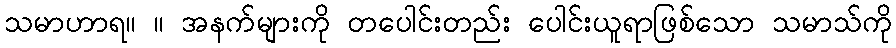
သမာဟာရ။ ။ အနက်များကို တပေါင်းတည်း ပေါင်းယူရာဖြစ်သော သမာသ်ကို